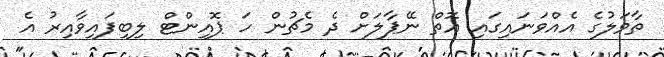
ތާވަލުގެ އެއްވަނައިގައި އޮތް ނޭޕާލަށް ދެ މެޗުން ހަ ޕޮއިންޓް ލިބިފައިވާއިރު އެ